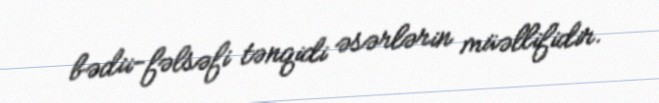
bədii-fəlsəfi tənqidi əsərlərin müəllifidir.